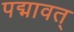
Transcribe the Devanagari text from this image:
पद्मावत्